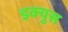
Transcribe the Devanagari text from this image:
इक्युस